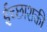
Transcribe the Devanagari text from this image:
ईच्छाशक्ती